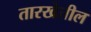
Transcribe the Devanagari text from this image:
तारखेतील